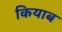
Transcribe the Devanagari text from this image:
कियाब